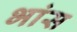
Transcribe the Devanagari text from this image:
भांस